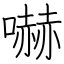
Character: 嚇